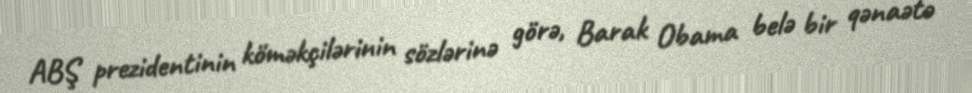
ABŞ prezidentinin köməkçilərinin sözlərinə görə, Barak Obama belə bir qənaətə